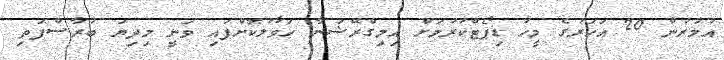
އުމުރުން 20 އަހަރުގެ މީހާ ޑިޕޯޓްކުރުމަށް އިމިގްރޭޝަނާ ހަވާލުކޮށްފައި ވަނީ މިދިޔަ ބުރާސްފަތި